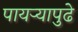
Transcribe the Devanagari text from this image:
पायऱ्यापुढे